Vaccination United Provinces of Agra and Oudh 1902-1913 - 1902-1913
Year: 1902
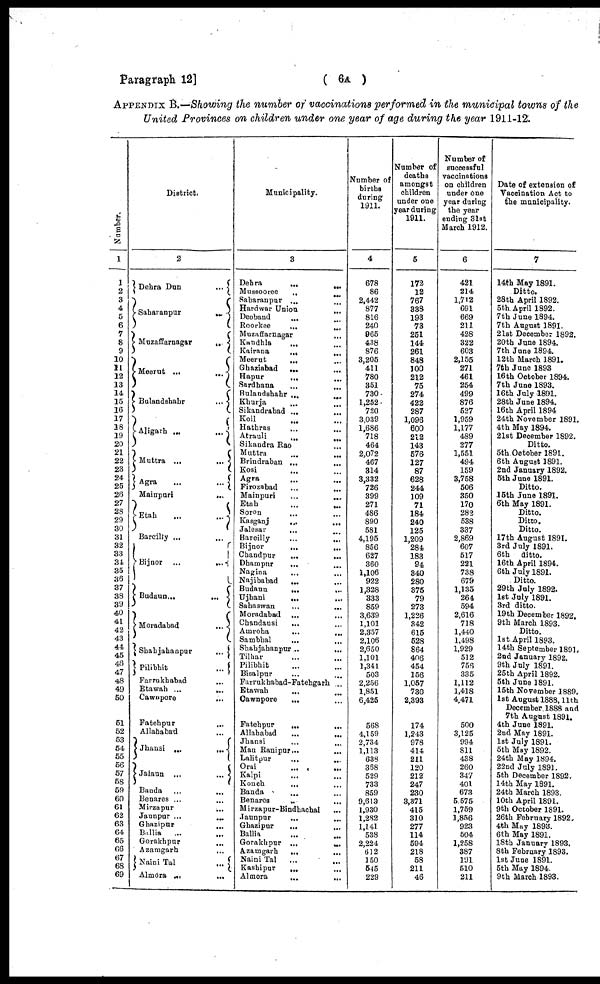
Paragraph 12]
( 6A )
APPENDIX B.—Showing the number of vaccinations performed in the municipal towns of the
United Provinces on children under one year of age during the year 1911-12.
Number.
1
1
2
3
4
5
6
7
8
9
10
11
12
13
14
15
16
17
18
19
20
21
22
23
24
25
26
27
28
29
30
31
32
33
34
35
36
37
38
39
40
41
42
43
44
45
46
47
48
49
50
51
52
53
54
55
56
57
58
59
60
61
62
63
64
65
66
67
68
69
District.
2
Dehra Dun
...
Saharanpur
...
Muzaffarnagar
...
Meerut ...
...
Bulandshahr
...
Aligarh ...
...
Muttra ...
...
Agra
...
...
Mainpuri
...
Etah ...
...
Bareilly ... ...
Bijnor ...
...
Budaun ...
...
Moradabad
...
Shahjahanpur
...
Pilibhit
...
Farrukhabad ...
Etawah ...
...
Cawnpore
...
Fatehpur ...
Allahabad ...
Jhansi
...
...
Jalaun ...
...
Banda ... ...
Benares ...
...
Mirzapur ...
Jaunpur ...
...
Ghazipur ...
Ballia
...
...
Gorakhpur ...
Azamgarh ...
Naini Tal
...
Almora
...
...
Municipality.
3
Dehra
... ...
Mussooree ... ...
Saharanpur ... ...
Hardwar Union ...
Deoband ... ...
Roorkee
...
...
Muzaffarnagar ... ...
Kandhla
... ...
Kairana
... ...
Meerut
... ...
Ghaziabad
...
...
Hapur
... ...
Sardhana
...
...
Bulandshahr ... ...
Khurja
...
...
Sikandrabad ... ...
Koil
...
...
Hathras
...
...
Atrauli
... ...
Sikandra Rao ... ...
Muttra
...
...
Brindraban ...
...
Kosi ... ...
Agra ... ...
Firozabad ... ...
Mainpuri ... ...
Etah ... ...
Soron
... ...
Kasganj
...
...
Jalesar
... ...
Bareilly
...
...
Bijnor
...
...
Chandpur
...
...
Dhampur
... ...
Nagina ... ...
Najibabad
...
...
Budaun
...
...
Ujhani
...
...
Sahaswan ... ...
Moradabad ... ...
Chandausi
... ...
Amroha
...
...
Sambhal
...
...
Shahjahanpur ...
...
Tilhar ... ...
Pilibhit ... ...
Bisalpur ... ...
Farrukhabad-Fatehgarh ...
Etawah
... ...
Cawnpore
...
...
Fatehpur
...
...
Allahabad
...
...
Jhansi ... ...
Mau Ranipur ...
...
Lalitpur
...
...
Orai
...
...
Kalpi ... ...
Konch
... ...
Banda
... ...
Benares ... ...
Mirzapur-Bindhachal ...
Jaunpur
...
...
Ghazipur
... ...
Ballia
...
...
Gorakhpur ...
...
Azamgarh
... ...
Naini Tal ... ...
Kashipur
... ...
Almora ... ...
Number of
births
during
1911.
4
678
86
2,442
877
816
240
965
438
876
3,205
411
780
351
730
1,252
720
3,039
1,686
718
464
2,072
467
314
3,332
726
399
271
486
890
581
4,195
856
627
360
1,106
922
1,328
333
859
3,639
1,101
2,357
2,106
2,650
1,101
1,341
503
2,256
1,851
6,425
568
4,159
2,734
1,113
638
368
529
733
859
9,613
1,930
1,282
1,141
538
2,224
612
150
545
229
Number of
deaths
amongst
children
under one
year during
1911.
5
172
12
767
338
193
73
251
144
261
848
100
212
75
274
422
287
1,096
600
212
143
576
127
87
628
244
109
71
184
240
125
1,209
284
183
94
340
280
375
79
273
1,226
342
615
528
864
406
454
156
1,057
730
2,393
174
1,243
978
414
211
120
212
247
230
3,371
415
310
277
114
594
218
58
211
46
Number of
successful
vaccinations
on children
under one
year during
the year
ending 31st
March 1912.
6
421
214
1,712
691
669
211
428
322
603
2,155
271
461
254
499
876
527
1,959
1,177
489
277
1,551
494
159
3,758
506
350
170
282
538
337
2,869
607
517
221
738
679
1,135
264
594
2,616
718
1,440
1,498
1,929
512
756
335
1,112
1,418
4,471
500
3,125
994
811
438
260
347
401
673
5,575
1,759
1,856
923
504
1,258
387
191
510
211
Date of extension of
Vaccination Act to
the municipality.
7
14th May 1891.
Ditto.
28th April 1892.
5th April 1892.
7th June 1894.
7th August 1891.
21st December 1892.
20th June 1894.
7th June 1894.
12th March 1891.
7th June 1893
16th October 1894.
7th June 1893.
16th July 1891.
28th June 1894.
16th April 1894
24th November 1891.
4th May 1894.
21st December 1892.
Ditto.
5th October 1891.
6th August 1891.
2nd January 1892.
5th June 1891.
Ditto.
15th June 1891.
6th May 1891.
Ditto.
Ditto.
Ditto.
17th August 1891.
3rd July 1891.
6th
ditto.
16th April 1894.
6th July 1891.
Ditto.
29th July 1892.
1st July 1891.
3rd ditto.
19th December 1892.
9th March 1893.
Ditto.
1st April 1893.
14th September 1891.
2nd January 1892.
9th July 1891.
25th April 1892.
5th June 1891.
15th November 1889.
1st August 1888, 11th
December 1888 and
7th August 1891.
4th June 1891.
2nd May 1891.
1st July 1891.
5th May 1892.
24th May 1894.
22nd July 1891.
5th December 1892.
14th May 1891.
24th March 1893.
10th April 1891.
9th October 1891.
26th February 1892.
4th May 1893.
6th May 1891.
18th January 1893.
8th February 1893.
1st June 1891.
5th May 1894.
9th March 1893.